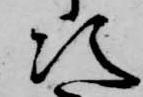
次